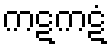
ကဋကဋံ